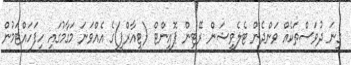
ގިނަ ދުވަސްތަކެއް ވަންދެން ޓެލެވިޝަން ރޭޓިން ޕޮއިންޓް (ޓީއާރްޕީ)ގެ އެއްވަނަ މަގާމުގައި ހިފަހައްޓަމުން